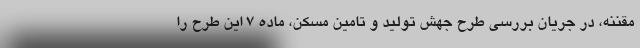
مقننه، در جریان بررسی طرح جهش تولید و تامین مسکن، ماده 7 این طرح را